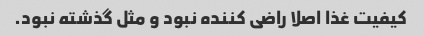
کیفیت غذا اصلا راضی کننده نبود و مثل گذشته نبود.